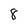
Character: 8